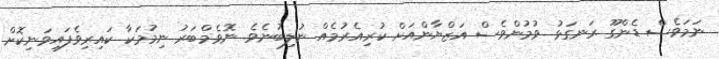
ނަމަވެސް ޑެންގޫ ރަނގަޅު ވުމުންވެސް އަޒްޔާންއަށް ކުރިއެރުމެއް ނުލިބުނެވެ. ނޮވެމްބަރު ނިމުމަކާ ކައިރިވެފައިވަނިކޮށް